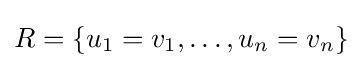
R=\{u_{1}=v_{1},\ldots ,u_{n}=v_{n}\}